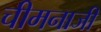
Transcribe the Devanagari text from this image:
चीमनाजी